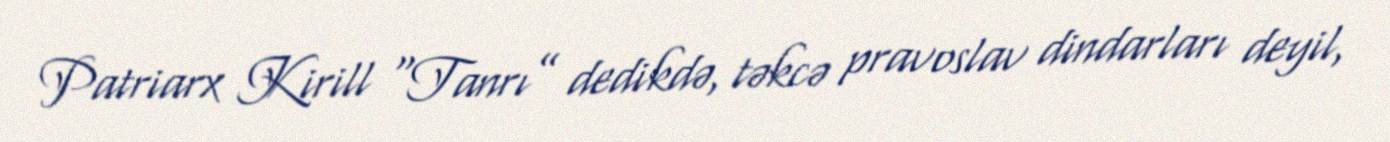
Patriarx Kirill “Tanrı” dedikdə, təkcə pravoslav dindarları deyil,